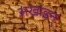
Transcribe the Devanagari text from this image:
अखाइन्